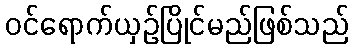
ဝင်ရောက်ယှဉ်ပြိုင်မည်ဖြစ်သည်